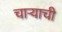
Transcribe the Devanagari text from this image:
चाऱ्याची